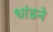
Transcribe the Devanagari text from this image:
धांडने